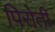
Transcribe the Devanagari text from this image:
पिरोती